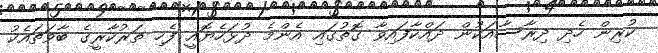
ކުރިން ހެދި ދިރާސާއަކުން ދައްކާފައިވާ ގޮތުގައި އެންމެ ދުޅަހެޔޮއީ ފެހި ތަރުކާރީގެ ބާވަތައެކު